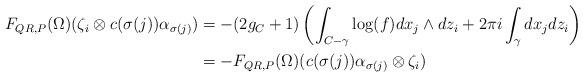
LaTeX: \begin{align*}F_{QR,P}(\Omega)(\zeta_i \otimes c(\sigma(j))\alpha_{\sigma(j)})&=-(2g_C+1)\left(\int_{C-\gamma} \log(f) dx_j \wedge dz_i + 2\pi i \int_{\gamma} dx_jdz_i \right)\\&=-F_{QR,P}(\Omega)( c(\sigma(j))\alpha_{\sigma(j)} \otimes \zeta_i)\end{align*}